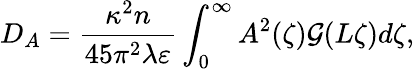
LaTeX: D_{A}=\frac{\kappa^{2}n}{45\pi^{2}\lambda\varepsilon}\int_{0}^{\infty}A^{2}(\zeta)\mathcal{G}(L\zeta)d\zeta,